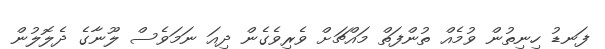
ފަނޑު ހިނިތުން ވުމެއް ތުންފަތް މައްޗަށް ވެރިވެގެން ދިއަ ނަމަވެސް ލޫނާގެ ދެލޮލުން